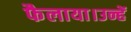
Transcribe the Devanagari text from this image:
फैलाया।उन्हें